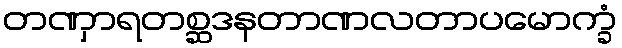
တဏှာရတစ္ဆဒနတာဏလတာပမောက္ခံ